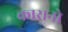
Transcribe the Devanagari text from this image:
कारानो